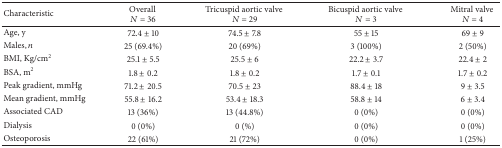
<table><thead><tr><td><b>Characteristic</b></td><td><b>Overall <i>N</i> = 36</b></td><td><b>Tricuspid aortic valve <i>N</i> = 29</b></td><td><b>Bicuspid aortic valve <i>N</i> = 3</b></td><td><b>Mitral valve <i>N</i> = 4</b></td></tr></thead><tbody><tr><td>Age, y</td><td>72.4 ± 10</td><td>74.5 ± 7.8</td><td>55 ± 15</td><td>69 ± 9</td></tr><tr><td>Males, <i>n</i></td><td>25 (69.4%)</td><td>20 (69%)</td><td>3 (100%)</td><td>2 (50%)</td></tr><tr><td>BMI, Kg/cm<sup>2</sup></td><td>25.1 ± 5.5</td><td>25.5 ± 6</td><td>22.2 ± 3.7</td><td>22.4 ± 2</td></tr><tr><td>BSA, m<sup>2</sup></td><td>1.8 ± 0.2</td><td>1.8 ± 0.2</td><td>1.7 ± 0.1</td><td>1.7 ± 0.2</td></tr><tr><td>Peak gradient, mmHg</td><td>71.2 ± 20.5</td><td>70.5 ± 23</td><td>88.4 ± 18</td><td>9 ± 3.5</td></tr><tr><td>Mean gradient, mmHg</td><td>55.8 ± 16.2</td><td>53.4 ± 18.3</td><td>58.8 ± 14</td><td>6 ± 3.4</td></tr><tr><td>Associated CAD</td><td>13 (36%)</td><td>13 (44.8%)</td><td>0 (0%)</td><td>0 (0%)</td></tr><tr><td>Dialysis</td><td>0 (0%)</td><td>0 (%)</td><td>0 (0%)</td><td>0 (0%)</td></tr><tr><td>Osteoporosis</td><td>22 (61%)</td><td>21 (72%)</td><td>0 (0%)</td><td>1 (25%)</td></tr></tbody></table>